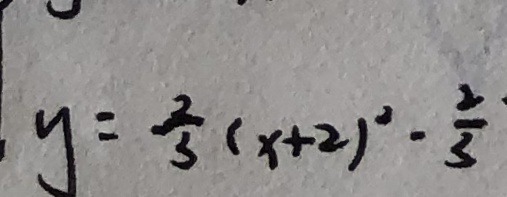
y = \frac { 2 } { 3 } ( x + 2 ) ^ { 2 } - \frac { 2 } { 3 }